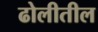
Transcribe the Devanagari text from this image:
ढोलीतील